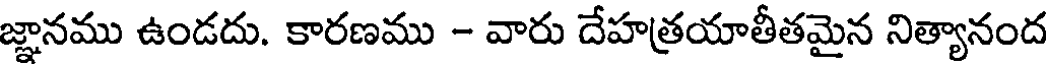
జ్ఞానము ఉండదు. కారణము - వారు దేహత్రయాతీతమైన నిత్యానంద